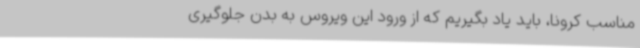
مناسب کرونا، باید یاد بگیریم که از ورود این ویروس به بدن جلوگیری